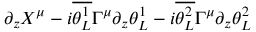
\partial _ { z } X ^ { \mu } - i { \overline { { \theta _ { L } ^ { 1 } } } } \Gamma ^ { \mu } \partial _ { z } \theta _ { L } ^ { 1 } - i { \overline { { \theta _ { L } ^ { 2 } } } } \Gamma ^ { \mu } \partial _ { z } \theta _ { L } ^ { 2 }